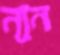
ন্যূন